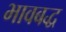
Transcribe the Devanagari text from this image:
भावबद्ध